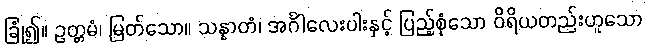
ခြုံ၍။ ဥတ္တမံ၊ မြတ်သော။ သန္နာတံ၊ အင်္ဂါလေးပါးနှင့် ပြည့်စုံသော ဝိရိယတည်းဟူသော